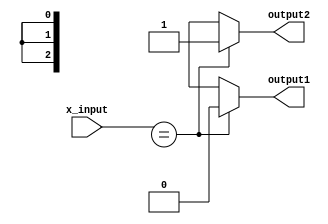
module x_based_case_statement(
    input wire x_input,
    output reg output1,
    output reg output2,
);

always @(x_input)
begin
    case (x_input)
        4'b1XX1: begin // If x_input is equal to 1XX1
            output1 <= 1;
            output2 <= 0;
        end
        4'b0XXX: begin // If x_input is equal to 0XXX
            output1 <= 0;
            output2 <= 1;
        end
        default: begin // If x_input does not match any specified X values
            output1 <= 0;
            output2 <= 0;
        end
    endcase
end

endmodule